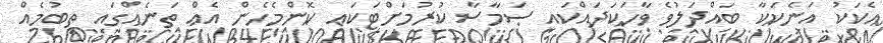
އެކަކު އަނެކަކާ ބައްދަލުވެ ވާހަކަދައްކައި ސަމާސާ ކުރުމަށްޓަކައި ކޮންމެހެން އެއް ތަނެއްގައި ތިބުމެއް